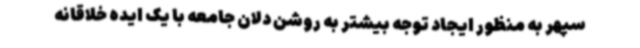
سپهر به منظور ایجاد توجه بیشتر به روشن دلان جامعه با یک ایده خلاقانه